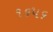
૧૬૫૬